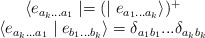
\begin{align*}\begin{array}{c}\langle e_{a_{k}...a_{1}} \mid = (\mid e_{a_{1}...a_{k}}\rangle)^{+}\\\langle e_{a_{k}...a_{1}} \mid e_{b_{1}...b_{k}}\rangle = \delta_{a_{1}b_{1}}...\delta_{a_{k}b_{k}}\end{array}\end{align*}